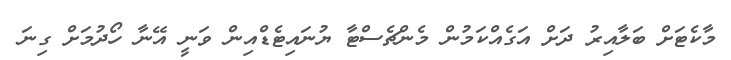
މާކެޓަށް ބަލާއިރު ދަށް އަގެއްކަމުން މެންޗެސްޓާ ޔުނައިޓެޑްއިން ވަނީ އޭނާ ހޯދުމަށް ގިނަ